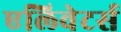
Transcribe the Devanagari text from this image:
एलिवेटर्स